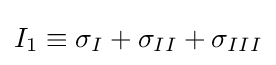
{{I}_{1}}\equiv {{\sigma }_{I}}+{{\sigma }_{II}}+{{\sigma }_{III}}